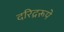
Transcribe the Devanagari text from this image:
दरिद्ररूपे